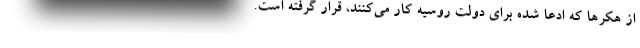
از هکر‌ها که ادعا شده برای دولت روسیه کار می‌کنند، قرار گرفته است.